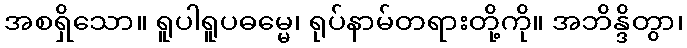
အစရှိသော။ ရူပါရူပဓမ္မေ၊ ရုပ်နာမ်တရားတို့ကို။ အဘိန္ဒိတွာ၊